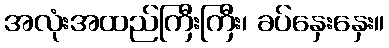
အလုံးအထည်ကြီးကြီး၊ ခပ်နှေးနှေး။